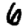
Digit: 6